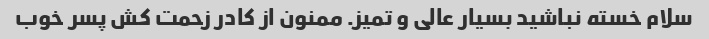
سلام خسته نباشید بسیار عالی و تمیز. ممنون از کادر زحمت کش پسر خوب